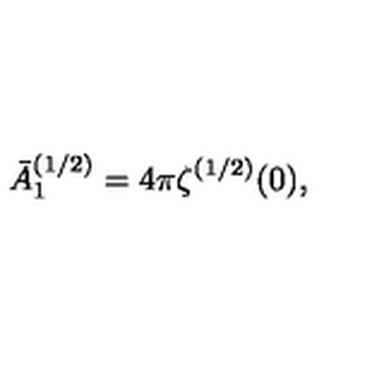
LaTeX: \bar { A } _ { 1 } ^ { ( 1 / 2 ) } = 4 \pi \zeta ^ { ( 1 / 2 ) } ( 0 ) ,